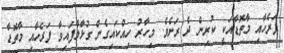
ފަރެހާއި މާތޮޑާއަކީ ކުރިން ދެ ރަށެވެ. މިހާރު ހިއްކައިގެން ގުޅާލާފައިވާ ފަރެހާއި މާތޮޑާ